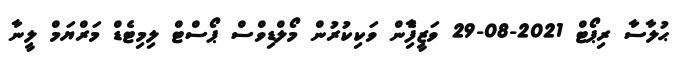
ޙުލާސާ ރިޕޯޓް 2021-08-29 ވަޒީފާެިން ވަކިކުރުން މޯލްޑިވްސް ޕޯސްޓް ލިމިޓެޑް މަރްޔަމް ލީނާ